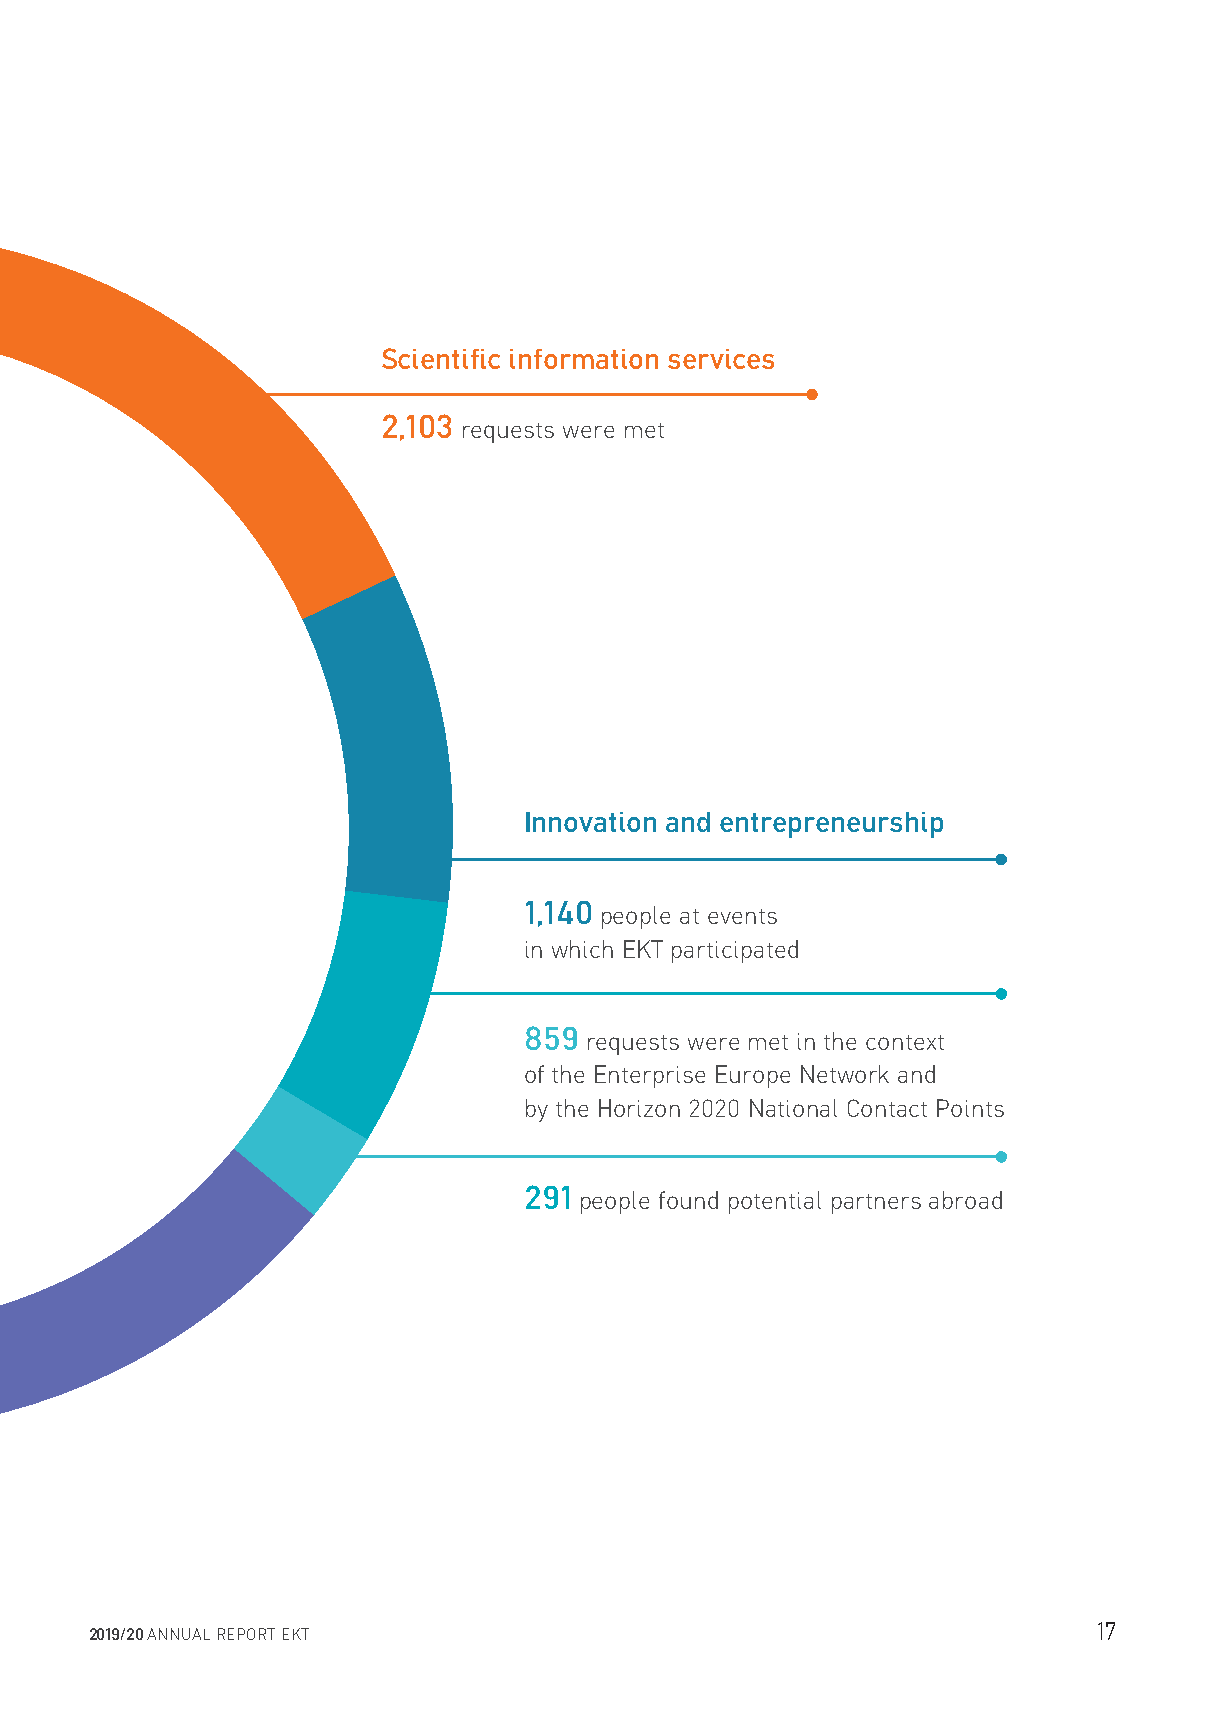
Scientific information services
 2,103
 requests were met
 Innovation and entrepreneurship
 SERVICES FOR USERS
 1,140
 people at events
 in which EKT participated
 859
 requests were met in the context
 of the Enterprise Europe Network and
 by the Horizon 2020 National Contact Points
 291
 people found potential partners abroad
 17
 2019/20 ANNUAL REPORT EKT